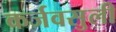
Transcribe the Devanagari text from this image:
कर्जवसुली